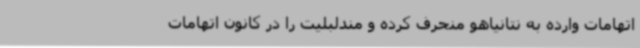
اتهامات وارده به نتانیاهو منحرف کرده و مندلبلیت را در کانون اتهامات